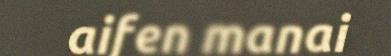
aifen manai